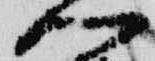
門